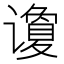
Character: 𰶍